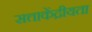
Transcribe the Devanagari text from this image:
सत्ताकेंद्रीयता